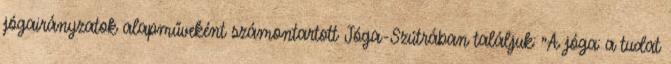
jógairányzatok alapműveként számontartott Jóga-Szútrában találjuk: "A jóga: a tudat